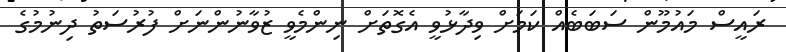
ރައީސް މައުމޫން ސަބަބެއް ކަމަށް ވިދާޅުވީ އެގޮތަށް ނިންމެވީ ޒުވާނުންނަށް ފުރުސަތު ދިނުމުގެ